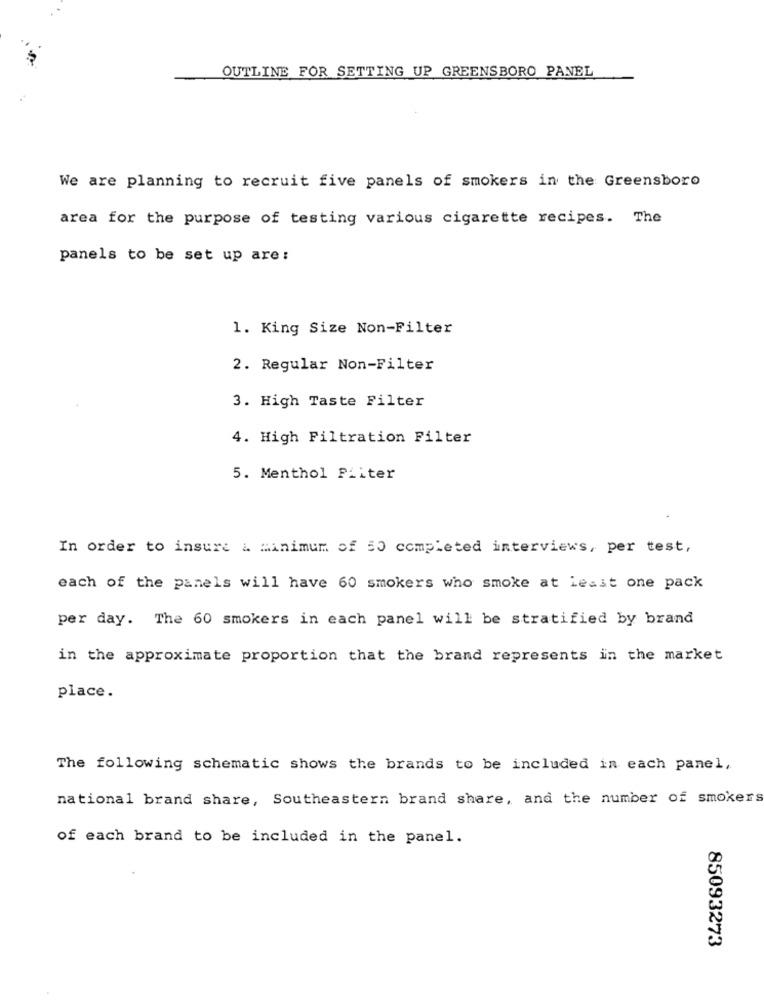
OUTLINE FOR SETTING UP GREENSBORO PANEL
We are planning to recruit five panels of smokers in the Greensboro
area for the purpose of testing various cigarette recipes. The
panels to be set up are:
1. King Size Non-Filter
2. Regular Non-Filter
3. High Taste Filter
4. High Filtration Filter
5. Menthol Filter
In order to insure & minimum of 50 completed interviews, per test,
each of the panels will have 60 smokers who smoke at Least one pack
per day. The 60 smokers in each panel will be stratified by brand
in the approximate proportion that the brand represents in the market
place.
The following schematic shows the brands to be included in each panel,
national brand share, Southeastern brand share, and the number of smokers
of each brand to be included in the panel.
85093273